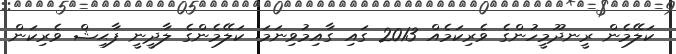
ކަލޭމެން ރީނދޫމީހުންގެ ވެރިކަމެއް 2013 ގައި ގާއިމުވިނަމަ. ކަލޭމެންގެ ލާދީނީ ފާޙިޝް ވެރިކަން